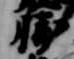
勝